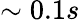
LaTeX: \sim 0.1s